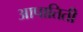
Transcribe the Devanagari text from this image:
आपातिती